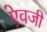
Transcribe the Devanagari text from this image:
एेवजी